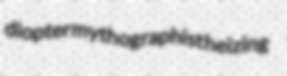
diopter mythographist heizing